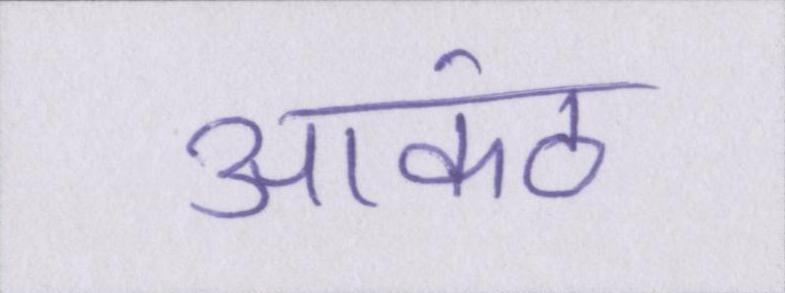
आकंठ